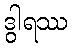
ဒွါရဿ